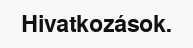
Hivatkozások.